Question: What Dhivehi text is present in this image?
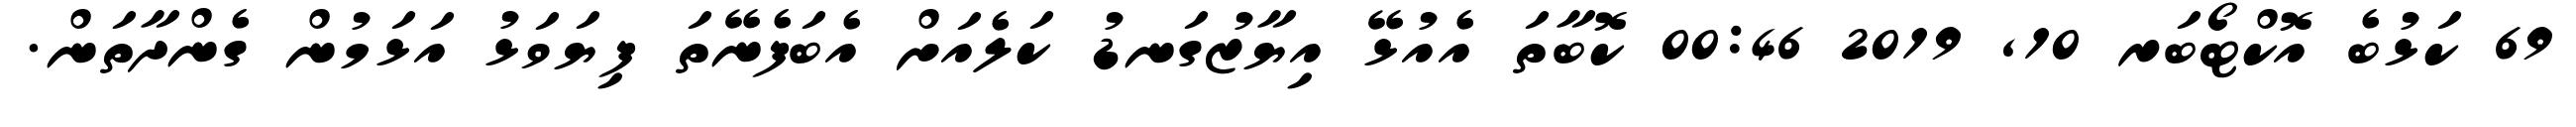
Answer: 69 ކަޅުބެ އޮކްޓޯބަރ 10, 2019 00:46 ކޮބާތަ އެއުޅޭ އިޔާޒުގަނޑު ކަލެއަށް އެބަފެނޭތަ ފިޔަވަޅު އަޅަމުން ގެންދާތަން.